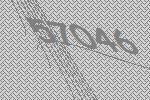
57046